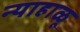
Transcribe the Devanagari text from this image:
न्याहाळू